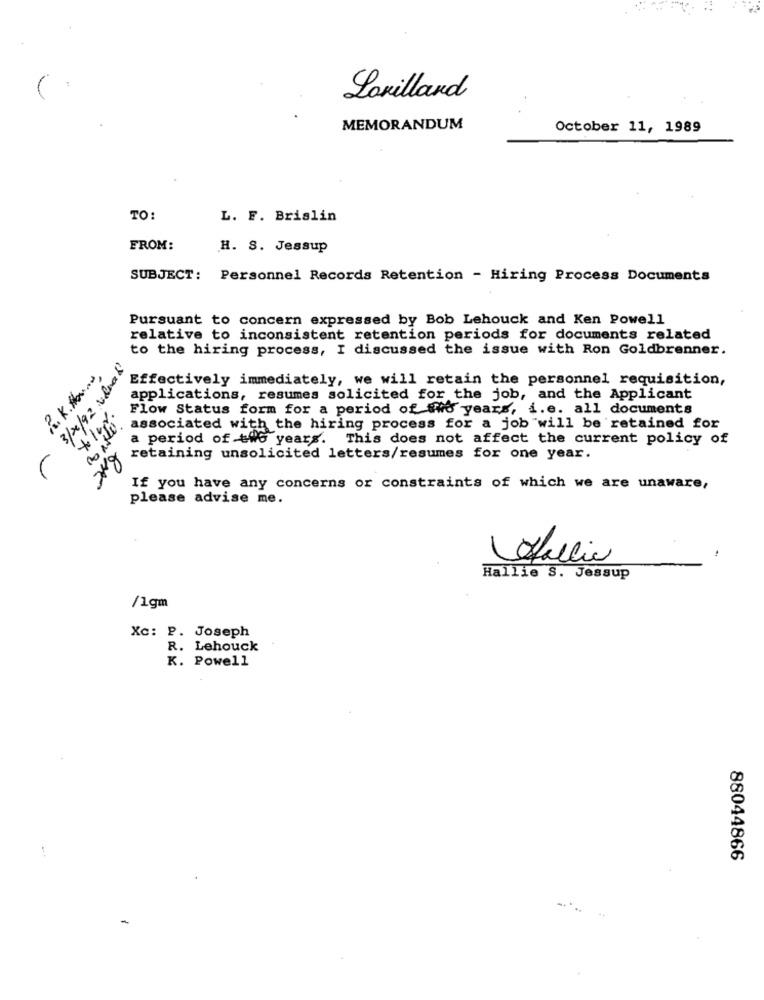
Lorillard
MEMORANDUM
October 11, 1989
TO:
L. F. Brislin
FROM:
H. S. Jessup
SUBJECT: Personnel Records Retention - Hiring Process Documents
Pursuant to concern expressed by Bob Lehouck and Ken Powell
relative to inconsistent retention periods for documents related
to the hiring process, I discussed the issue with Ron Goldbrenner.
3/2/92 viral
R. K.#~
Effectively immediately, we will retain the personnel requisition,
applications, resumes solicited for the job, and the Applicant
Flow Status form for a period of #ho years, i.e. all documents
associated with the hiring process for a job will be retained for
a period of two years. This does not affect the current policy of
WALK
retaining unsolicited letters/resumes for one year.
If you have any concerns or constraints of which we are unaware,
please advise me.
Sallie
Hallie S. Jessup
/1gm
Xc: P. Joseph
R. Lehouck
K. Powell
88044866